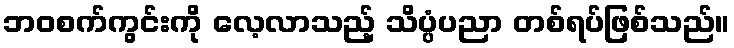
ဘဝစက်ကွင်းကို လေ့လာသည့် သိပ္ပံပညာ တစ်ရပ်ဖြစ်သည်။